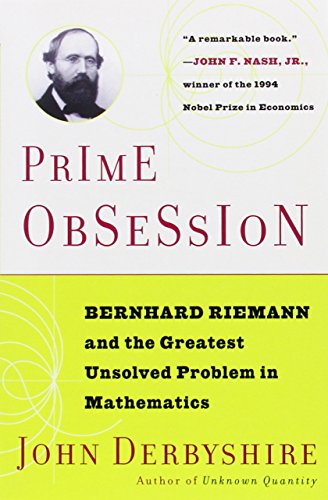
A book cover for Prime Obsession: Bernhard Riemann and the Greatest Unsolved Problem in Mathematics; John Derbyshire; Science & Math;